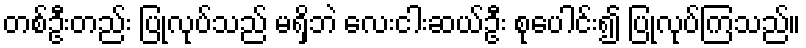
တစ်ဦးတည်း ပြုလုပ်သည် မရှိဘဲ လေးငါးဆယ်ဦး စုပေါင်း၍ ပြုလုပ်ကြသည်။